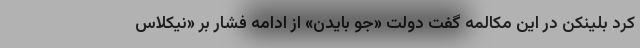
کرد بلینکن در این مکالمه گفت دولت «جو بایدن» از ادامه فشار بر «نیکلاس